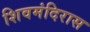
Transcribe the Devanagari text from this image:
शिवमंदिरास